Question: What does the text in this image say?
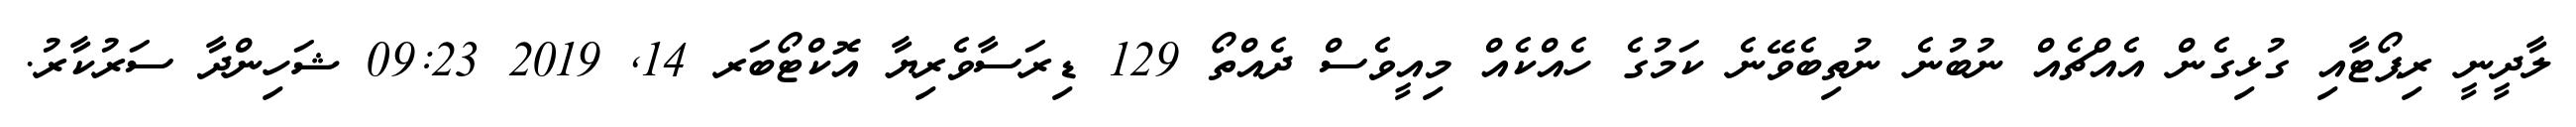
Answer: ލާދީނީ ރިޕޯޓާއި ގުޅިގެން އެއްޗެއް ނުބުނެ ނުތިބެވޭނެ ކަމުގެ ހެއްކެއް މިއީވެސް ދެއްތޯ 129 ޑިރަސާވެރިޔާ އޮކްޓޯބަރ 14, 2019 09:23 ޝަހިންދާ ސަރުކާރު.